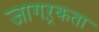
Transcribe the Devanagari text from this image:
जागऱ्रकता